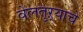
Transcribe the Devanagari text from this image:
वेलतुऱ्याचे